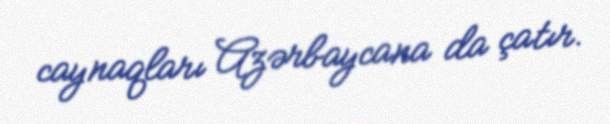
caynaqları Azərbaycana da çatır.